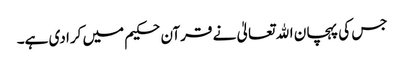
جس کی پہچان اﷲ تعالیٰ نے قرآن حکیم میں کرا دی ہے۔